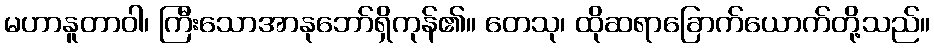
မဟာနူတာဝါ၊ ကြီးသောအာနုဘော်ရှိကုန်၏။ တေသု၊ ထိုဆရာခြောက်ယောက်တို့သည်။